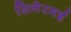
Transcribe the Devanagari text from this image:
सिनेरगई